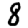
Digit: 8